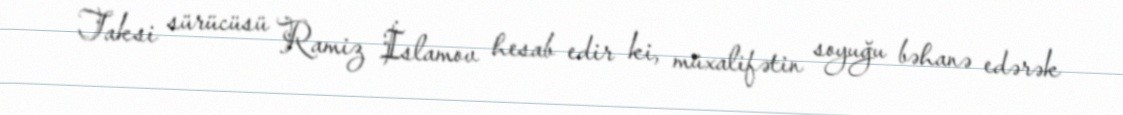
Taksi sürücüsü Ramiz İslamov hesab edir ki, müxalifətin soyuğu bəhanə edərək